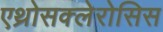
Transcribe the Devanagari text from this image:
एथ्रोसक्लेरोसिस